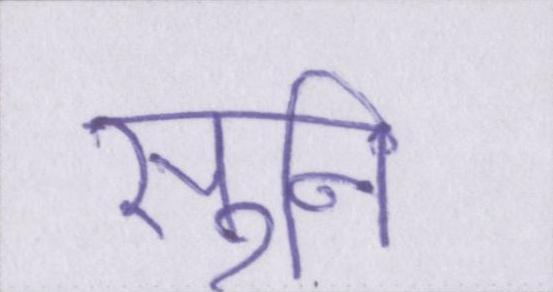
सुनि